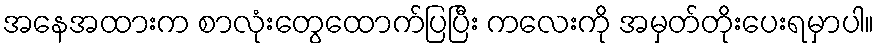
အနေအထားက စာလုံးတွေထောက်ပြပြီး ကလေးကို အမှတ်တိုးပေးရမှာပါ။